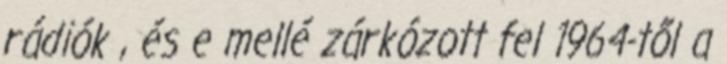
rádiók , és e mellé zárkózott fel 1964-től a